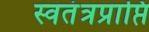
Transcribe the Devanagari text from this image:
स्वतंत्रप्राप्ति